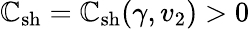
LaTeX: \mathbb{C}_{\mathrm{{sh}}}=\mathbb{C}_{\mathrm{{sh}}}(\gamma,v_{2})>0